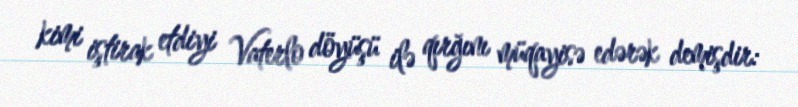
kimi iştirak etdiyi Vaterlo döyüşü ilə qırğını müqayisə edərək demişdir: